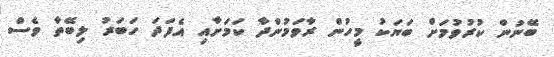
ބޭނުން ކުރުވުމަށް ބަޔަކު މީހުން ރާވަމުންދާ ކަމަށާއި އެފަދަ ހަބަރު ލިބޭތާ ވެސް